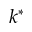
k ^ { * }